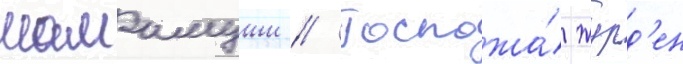
мамамуши // Госпожа́ журд'ен